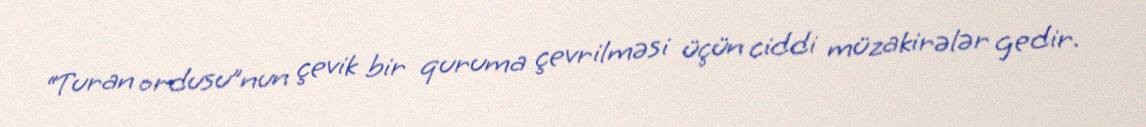
“Turan ordusu”nun çevik bir quruma çevrilməsi üçün ciddi müzakirələr gedir.